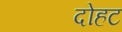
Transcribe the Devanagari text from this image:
दोहट